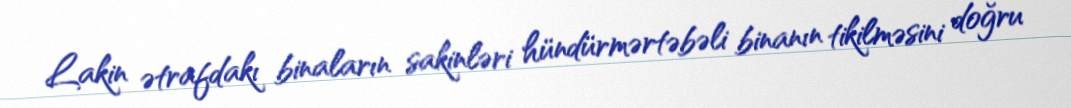
Lakin ətrafdakı binaların sakinləri hündürmərtəbəli binanın tikilməsini doğru